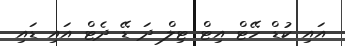
އައި ކުޑް ހޭޓް އިޓް ޓިލް ދަަ ޑޭ ދެޓް އައި ޑައި